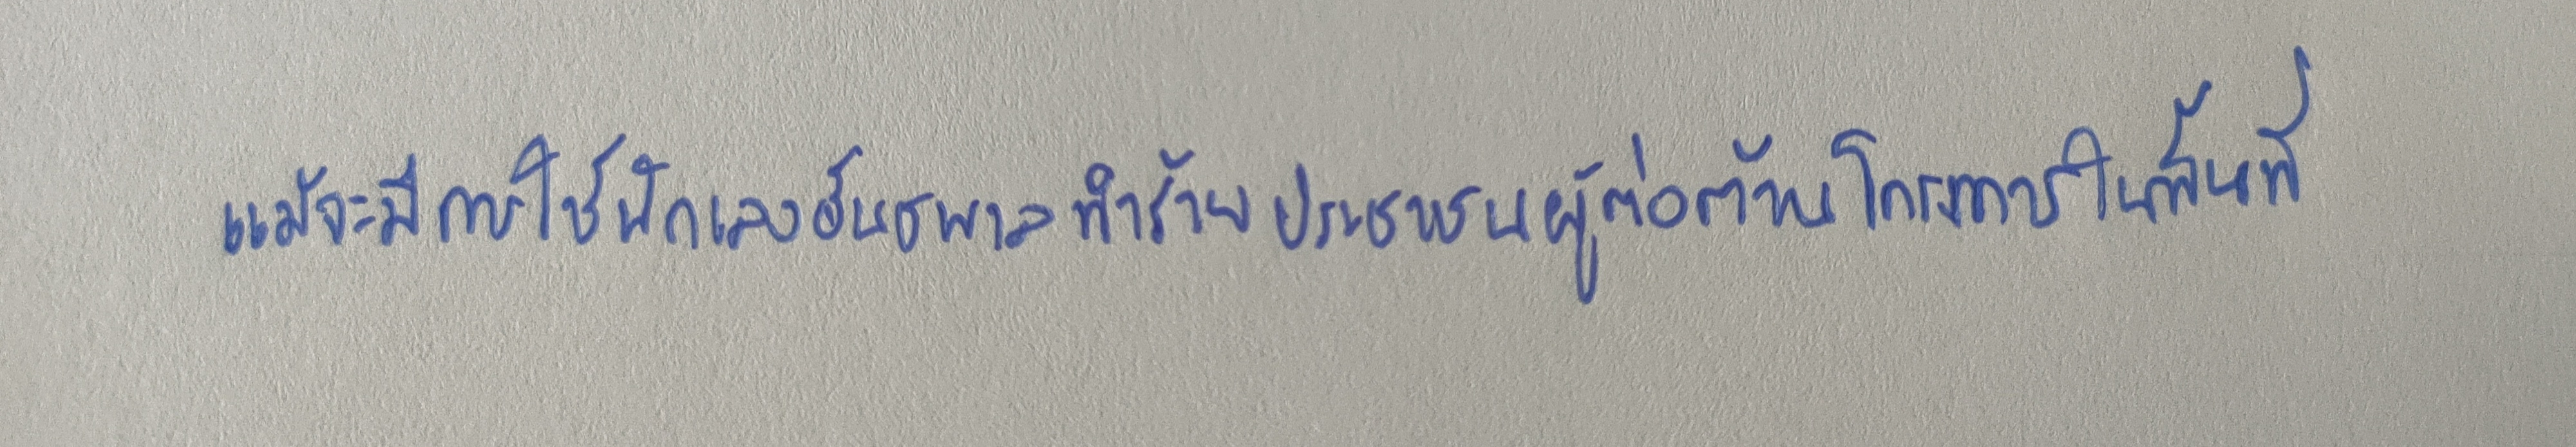
แม้จะมีการใช้นักเลงอันธพาลทำร้ายประชาชนผู้ต่อต้านโครงการในพื้นที่,